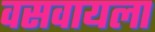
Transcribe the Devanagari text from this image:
वसवायला